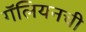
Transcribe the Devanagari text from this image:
गॅलियनची